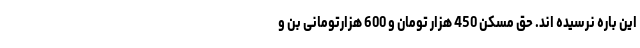
این باره نرسیده اند. حق مسکن 450 هزار تومان و 600 هزارتومانی بن و